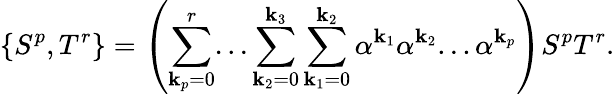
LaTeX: \{ S^{p},T^{r}\} =\left(\sum_{\mathbf{k}_{p}=0}^{r}...\sum_{\mathbf{k}_{2}=0}^{\mathbf{k}_{3}}\sum_{\mathbf{k}_{1}=0}^{\mathbf{k}_{2}}\alpha^{\mathbf{k}_{1}}\alpha^{\mathbf{k}_{2}}...\alpha^{\mathbf{k}_{p}}\right)S^{p}T^{r}.